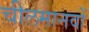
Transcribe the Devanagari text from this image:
चीलमानवों